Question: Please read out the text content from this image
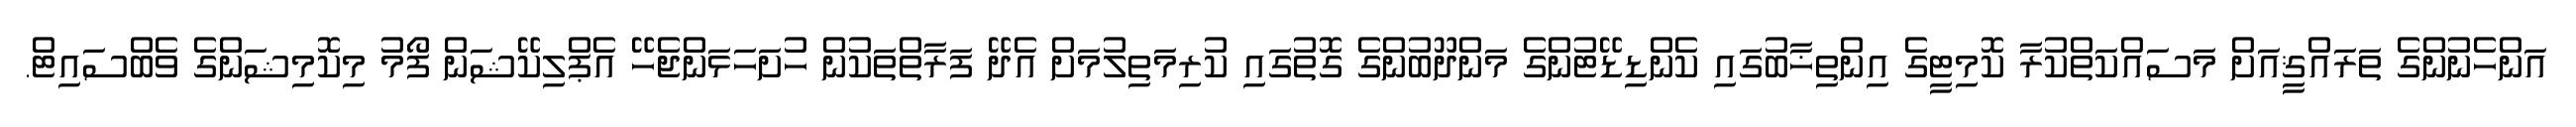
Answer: އަންހެނުންގެ ތަރައްޤީއަށް މަސައްކަތްކުރާ ކޮމިޓީގެ އިންތިޚާބުގައި ކެންޑިޑޭޓުންގެ މަންދޫބުންގެ ގޮތުގައި ކުރިމަތިލުމަށް އެދޭ ފަރާތްތަކުން ހުށަހަޅަންޖެހޭ އެޕްލިކޭޝަން ފޯމު މިކޮމިޝަންގެ ވެބްސައިޓް.